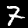
Label: 7